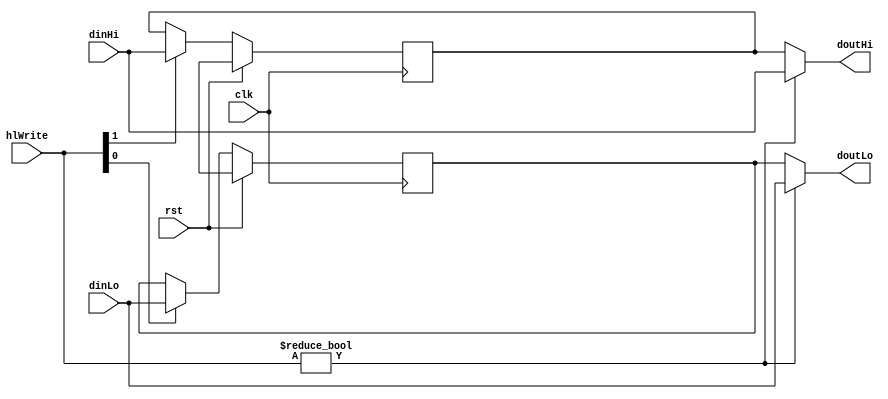
module HiLo(
    input         clk,
    input         rst,
    input  [31:0] dinHi,
    input  [31:0] dinLo,
    input  [ 1:0] hlWrite,
    output [31:0] doutHi,
    output [31:0] doutLo
);
    reg    [31:0] hiReg, loReg;

    always @ (posedge clk)
    begin
        if (rst)
        begin
            hiReg <= 32'bX;
            loReg <= 32'bX;
        end
        else
        begin
            if (hlWrite[1])
                hiReg <= dinHi;
            if (hlWrite[0])
                loReg <= dinLo;
        end
    end

    assign doutHi = hlWrite ? dinHi : hiReg;
    assign doutLo = hlWrite ? dinLo : loReg;

endmodule